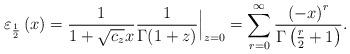
LaTeX: \begin{align*}\varepsilon_{\frac{1}{2}}\left(x\right) =\frac{1}{1+\sqrt{c_{z}}x}\frac{1}{\Gamma(1+z)}\Big\vert_{z=0} = \sum_{r=0}^{\infty}\frac{\left(-x\right)^{r}}{\Gamma\left(\frac{r}{2}+1\right)}.\end{align*}